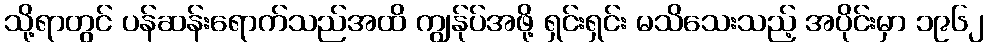
သို့ရာတွင် ပန်ဆန်းရောက်သည်အထိ ကျွန်ုပ်အဖို့ ရှင်းရှင်း မသိသေးသည့် အပိုင်းမှာ ၁၉၆၂